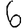
Digit: 6